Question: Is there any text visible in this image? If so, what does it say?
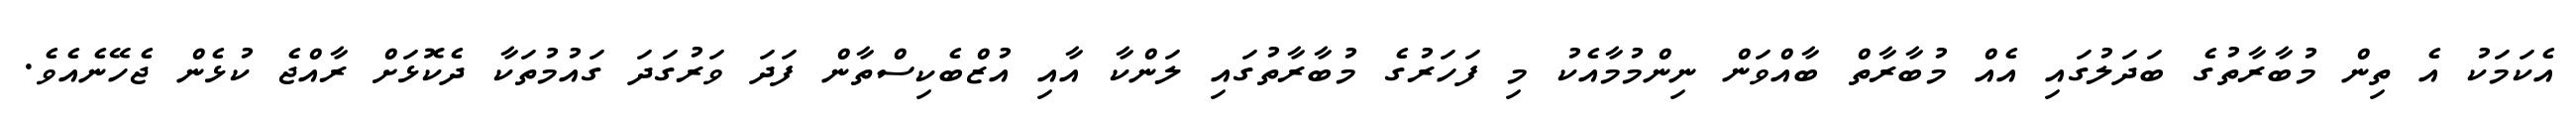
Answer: އެކަމަކު އެ ތިން މުބާރާތުގެ ބަދަލުގައި އެއް މުބާރާތް ބާއްވަން ނިންމުމާއެކު މި ފަހަރުގެ މުބާރާތުގައި ލަންކާ އާއި އުޒްބެކިސްތާން ފަދަ ވަރުގަދަ ގައުމުތަކާ ދެކޮޅަށް ރާއްޖެ ކުޅެން ޖެހޭނެއެވެ.